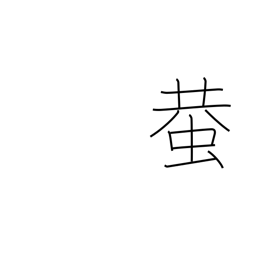
Meaning: cricket